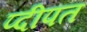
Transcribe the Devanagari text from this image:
प्दीपत